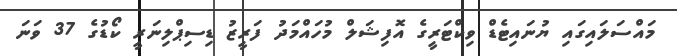
މައްސަލައިގައި ޔުނައިޓެޑް ވިކްޓަރީގެ އޮފިޝަލް މުހައްމަދު ފަރީޒު ޑިސިޕްލިނަރީ ކޯޑުގެ 37 ވަނަ